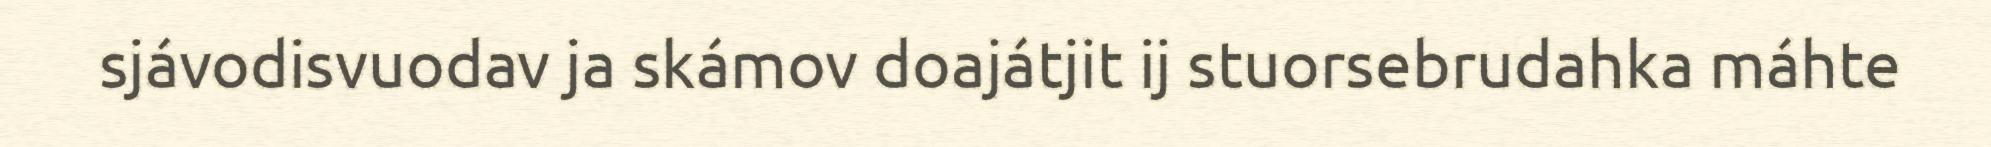
sjávodisvuodav ja skámov doajátjit ij stuorsebrudahka máhte